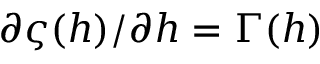
\partial \varsigma ( h ) / \partial h = \Gamma ( h )